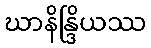
ဃာနိန္ဒြိယဿ